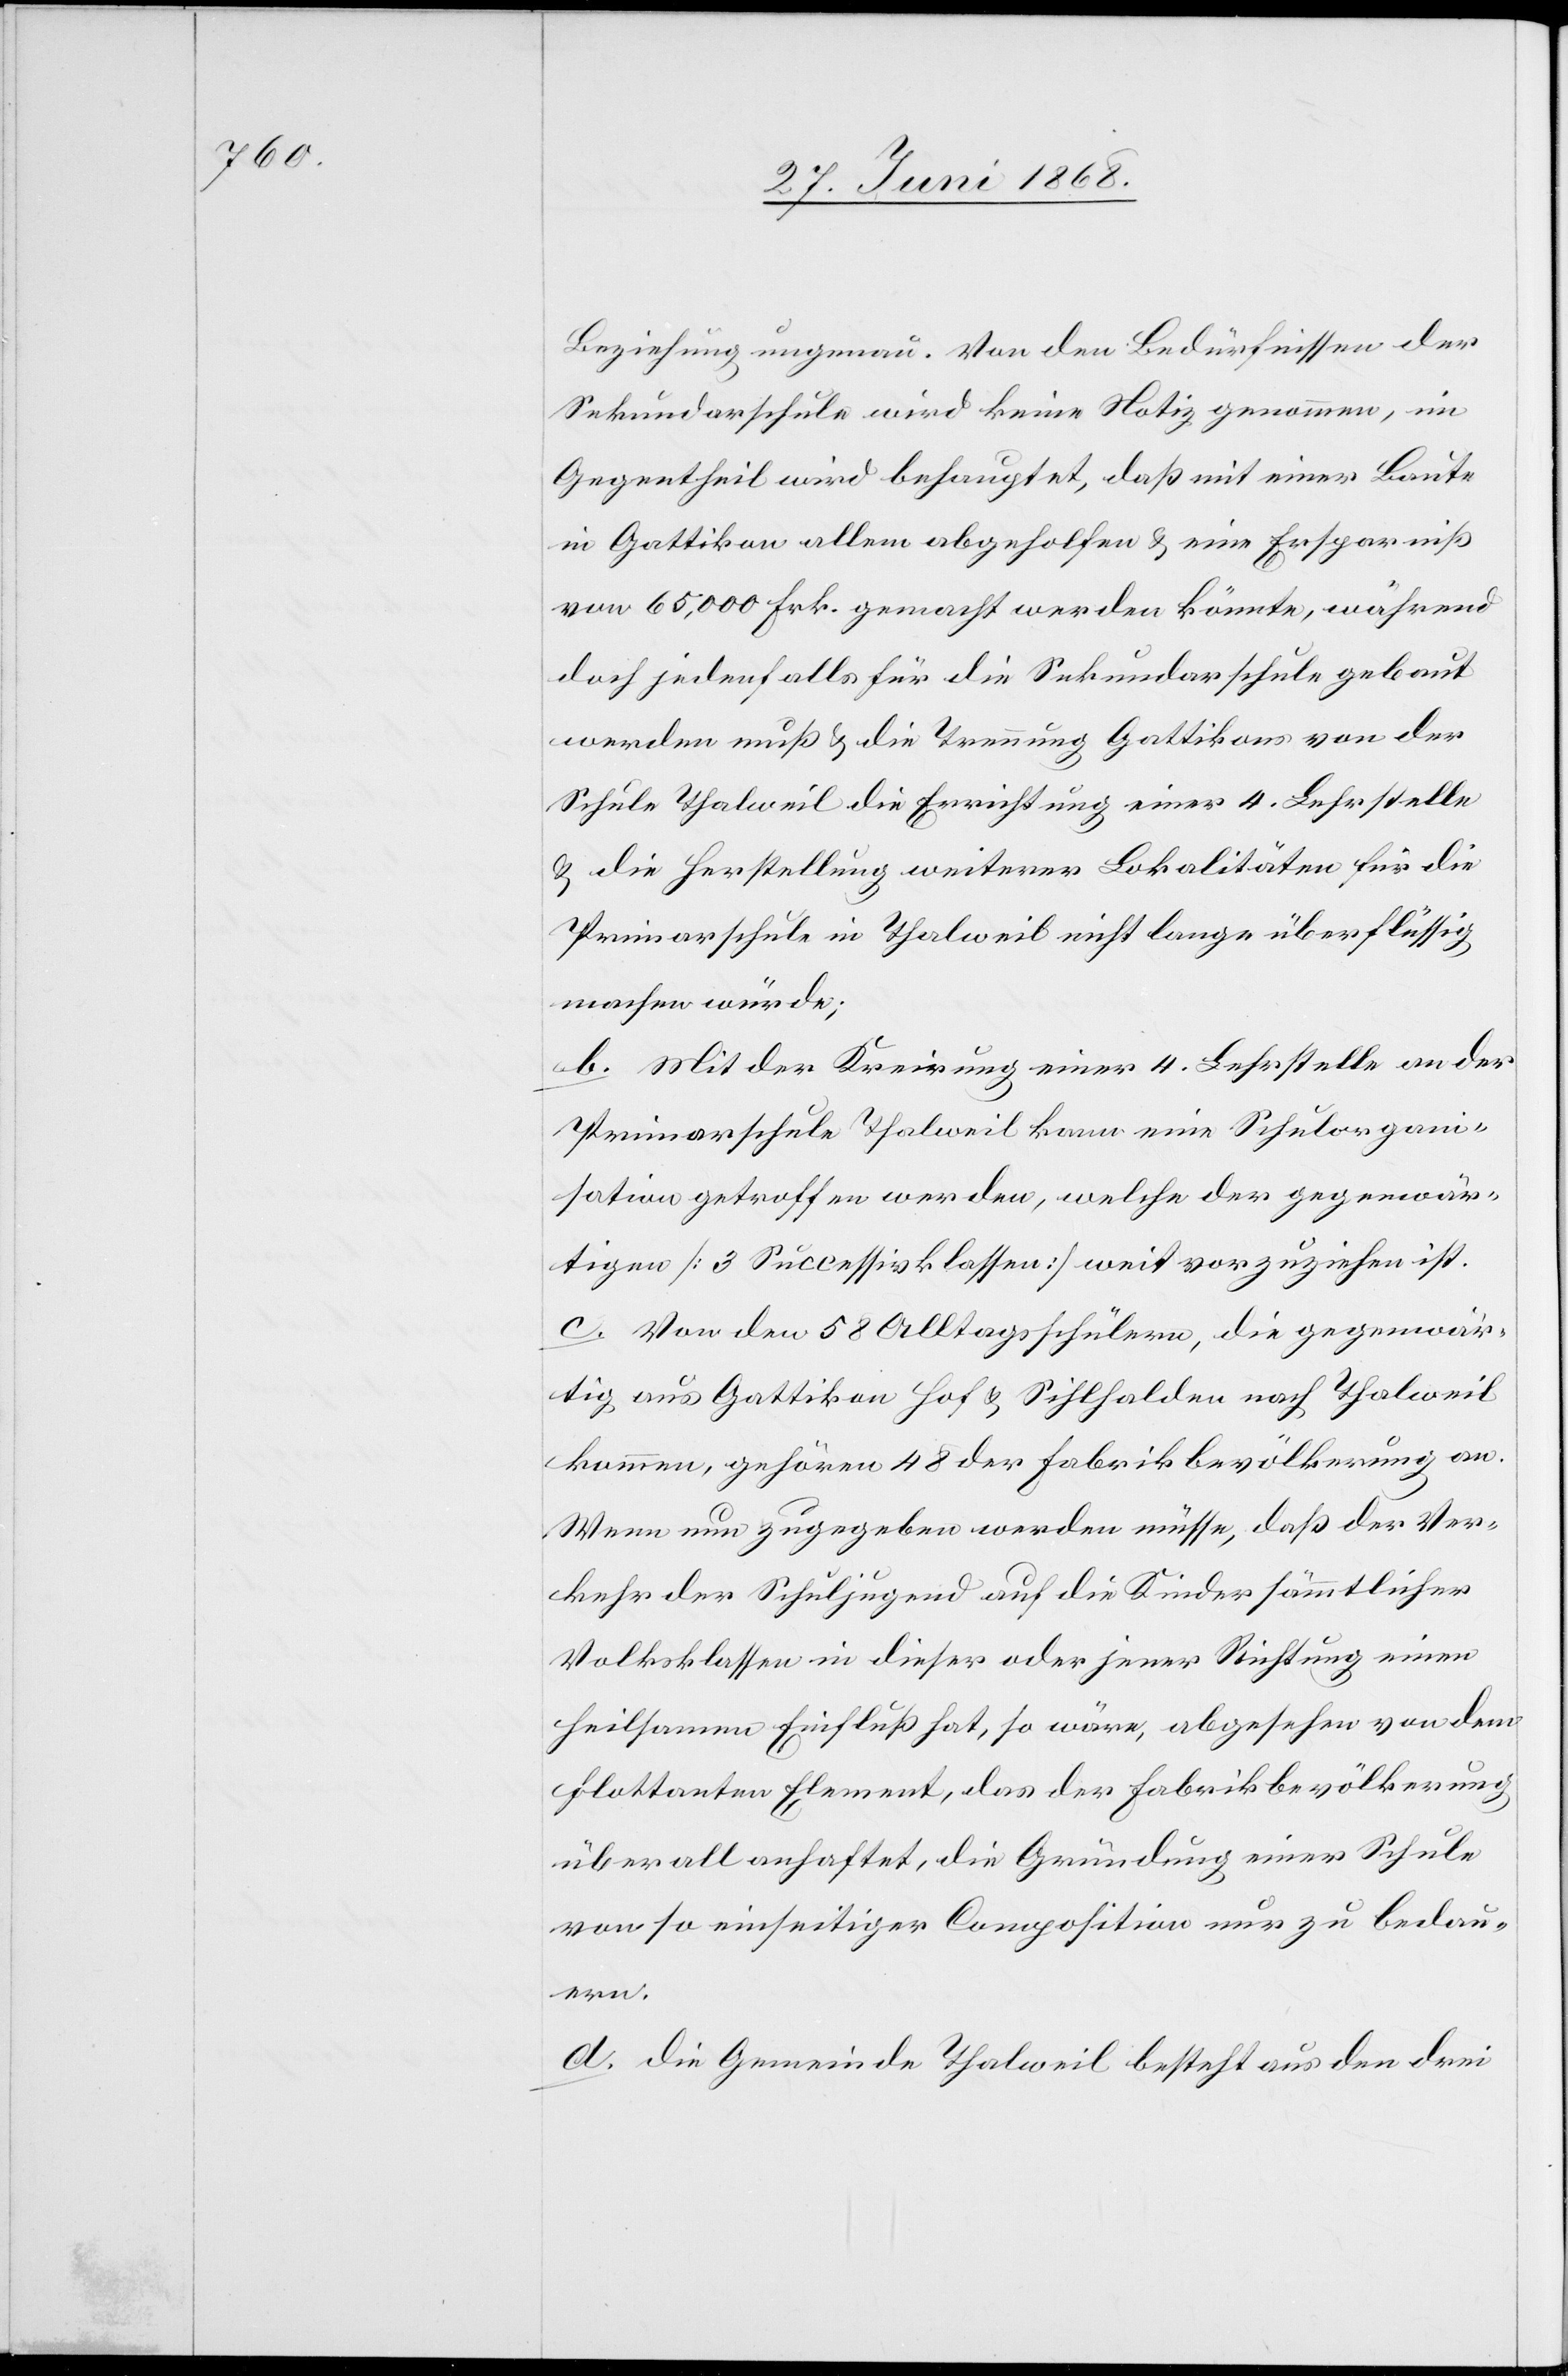
Beziehung ungenau. Von den Bedürfnissen der
Sekundarschule wird keine Notiz genommen, im
Gegentheil wird behauptet, daß mit einer Baute
in Gattikon allem abgeholfen & eine Ersparniß
von 65,000 Frk. gemacht werden könnte, während
doch jedenfalls für die Sekundarschule gebaut
werden muß & die Trennung Gattikons von der
Schule Thalweil die Errichtung einer 4. Lehrstelle
& die Herstellung weiterer Lokalitäten für die
Primarschule in Thalweil nicht lange überflüssig
machen würde;
b. Mit der Kreirung einer 4. Lehrstelle an der
Primarschule Thalweil kann eine Schulorgani¬
sation getroffen werden, welche der gegenwär¬
tigen [3 Successivklassen] weit vorzuziehen ist.
c. Von den 58 Alltagsschülern, die gegenwär¬
tig aus Gattikon[,] Hof & Sihlhalden nach Thalweil
kommen, gehören 48 der Fabrikbevölkerung an.
Wenn nun zugegeben werden müsse, daß der Ver¬
kehr der Schuljugend auf die Kinder sämmtlicher
Volksklassen in dieser oder jener Richtung einen
heilsamen Einfluß hat, so wäre, abgesehen von dem
flottanten Element, das der Fabrikbevölkerung
überall anhaftet, die Gründung einer Schule
von so einseitiger Composition nur zu bedau¬
ern.
d. die Gemeinde Thalweil besteht aus den drei